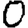
Digit: 0